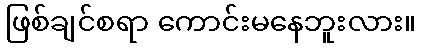
ဖြစ်ချင်စရာ ကောင်းမနေဘူးလား။